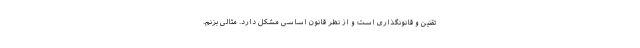
تقنین و قانونگذاری است و از نظر قانون اساسی مشکل دارد. مثالی بزنم.